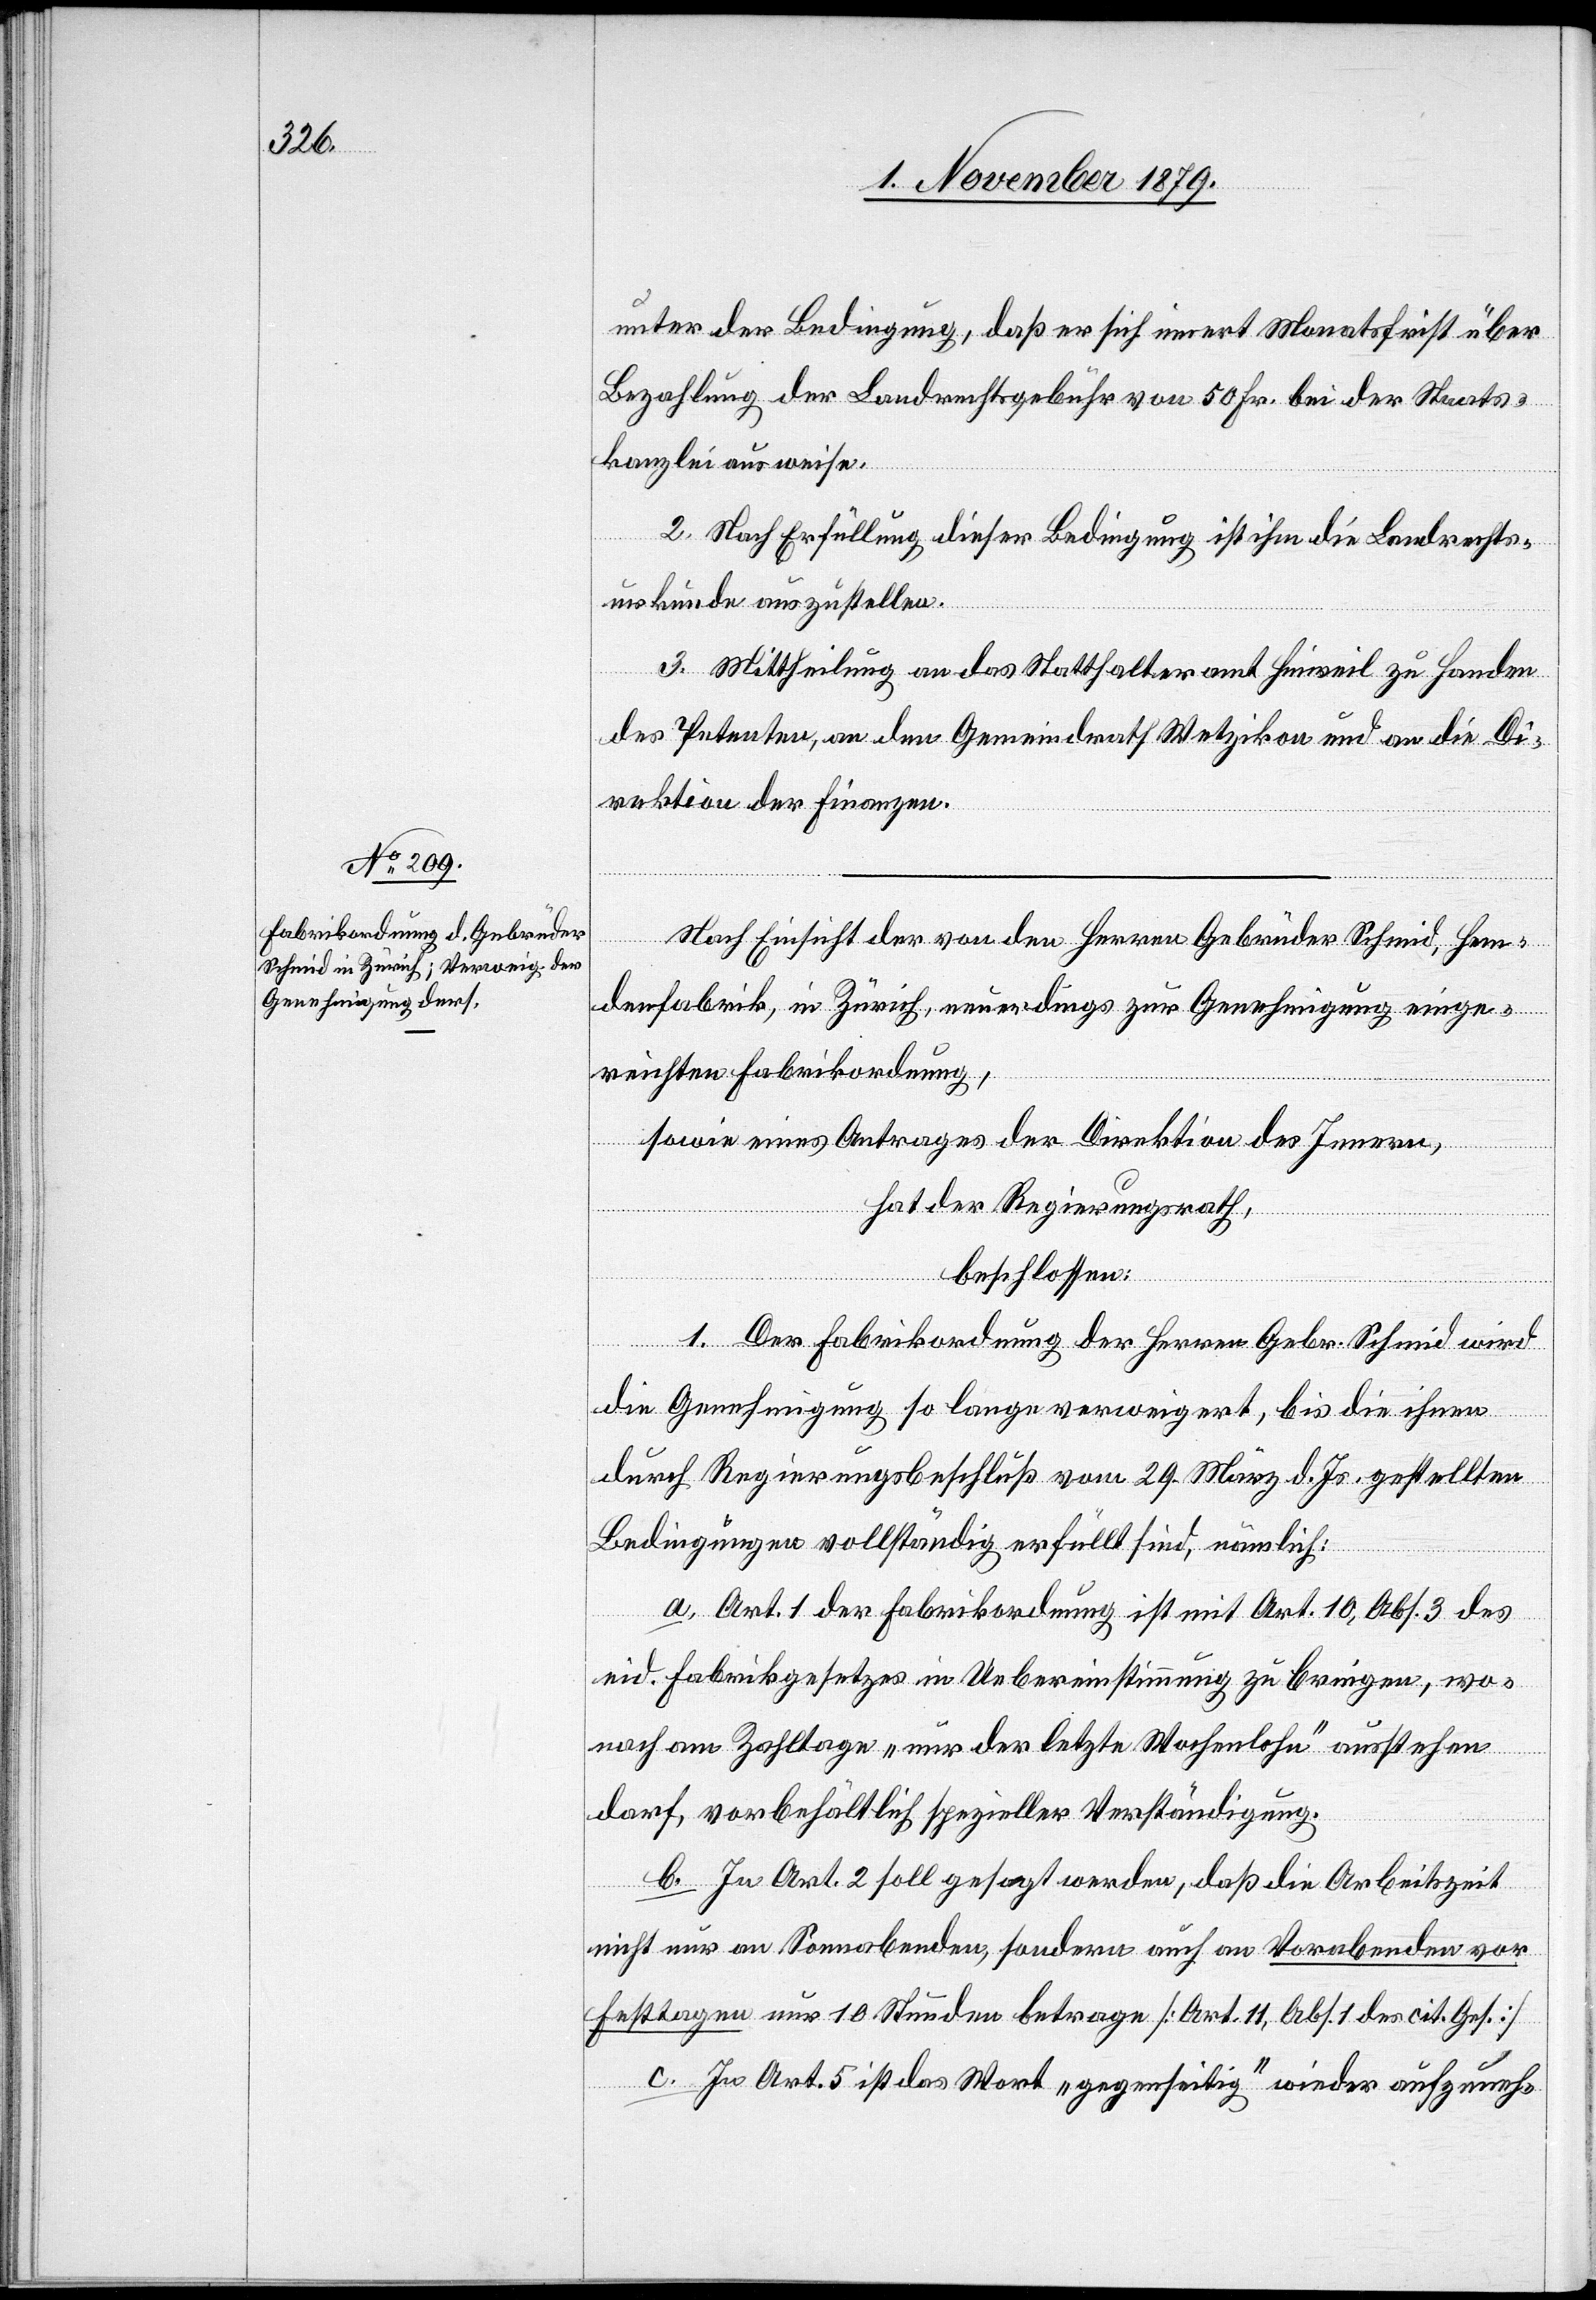
unter der Bedingung, daß er sich innert Monatsfrist über
Bezahlung der Landrechtsgebühr von 50 Fr. bei der Staats¬
kanzlei ausweise.
2. Nach Erfüllung dieser Bedingung ist ihm die Landrechts¬
urkunde auszustellen.
3. Mittheilung an das Statthalteramt Hinweil zu Handen
des Petenten, an den Gemeindrath Wetzikon und an die Di¬
rektion der Finanzen.
Nach Einsicht der von den Herren Gebrüder Schmid, Hem¬
denfabrik, in Zürich, neuerdings zur Genehmigung einge¬
reichten Fabrikordnung,
sowie eines Antrages der Direktion des Innern,
hat der Regierungsrath,
beschlossen:
1. Der Fabrikordnung der Herren Gebr. Schmid wird
die Genehmigung so lange verweigert, bis die ihnen
durch Regierungsbeschluß vom 23. März d. Js. gestellten
Bedingungen vollständig erfüllt sind, nämlich:
a. Art. 1 der Fabrikordnung ist mit Art. 10, Abs. 3 des
eid. Fabrikgesetzes in Uebereinstimmung zu bringen, wo¬
nach am Zahltage „nur der letzte Wochenlohn“ stehen
darf, vorbehältlich spezieller Verständigung.
b. In Art. 2 soll gesagt werden, daß die Arbeitszeit
nicht nur an Sonnabenden, sondern auch an Vorabenden vor
Festtagen nur 10 Stunden betrage [Art. 11, Abs. 1 des cit. Ges.].
c. In Art. 5 ist das Wort „gegenseitig“ wieder aufzuneh-